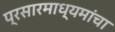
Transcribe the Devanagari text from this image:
प्रसारमाध्यमांचा